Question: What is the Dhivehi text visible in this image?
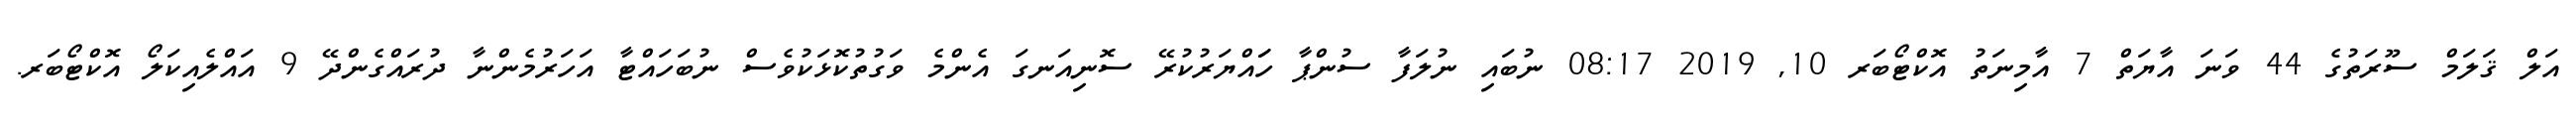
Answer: އަލް ޤަލަމް ސޫރަތުގެ 44 ވަނަ އާޔަތް 7 އާމިނަތު އޮކްޓޯބަރ 10, 2019 08:17 ނުބައި ނުލަފާ ސުންޕާ ހަައްޔަރުކުރޭ ސޮނިއަނގަ އެންމެ ވަގުތުކޮޅަކުވެސް ނުބަހައްޓާ އަހަރުމެންނާ ދުރައްގެންދޭ 9 އައްލެއިކަލޯ އޮކްޓޯބަރ.